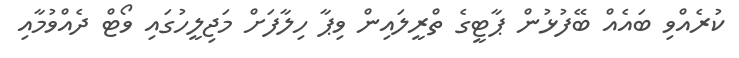
ކުރެއްވި ބައެއް ބޭފުޅުން ޕާޓީގެ ތްރީލައިން ވިޕާ ހިލާފަށް މަޖިލީހުގައި ވޯޓް ދެއްވުމާއި